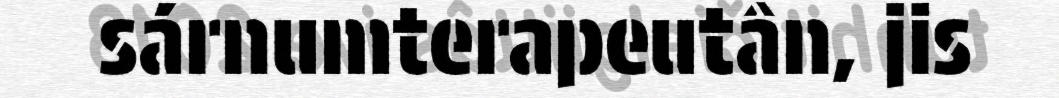
sárnumterapeutân, jis